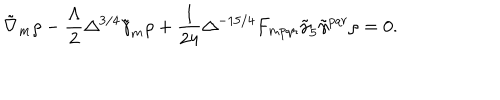
LaTeX: \tilde { \nabla } _ { m } \rho - \frac { \Lambda } { 2 } \Delta ^ { 3 / 4 } \tilde { \gamma } _ { m } \rho + \frac { 1 } { 2 4 } \Delta ^ { - 1 5 / 4 } F _ { m p q r } \tilde { \gamma } _ { 5 } \tilde { \gamma } ^ { p q r } \rho = 0 .